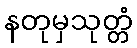
နတုမှသုတ္တံ